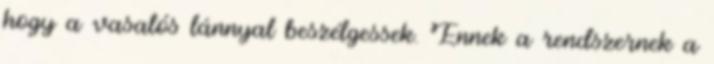
hogy a vasalós lánnyal beszélgessek. Ennek a rendszernek a